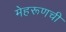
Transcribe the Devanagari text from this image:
मेहरूणची